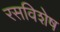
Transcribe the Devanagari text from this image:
रसविशेष